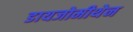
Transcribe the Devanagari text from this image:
डायजोमीथेन